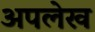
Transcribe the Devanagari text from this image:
अपलेख